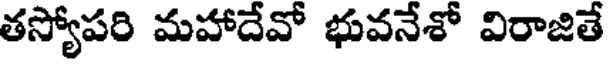
తస్యోపరి మహాదేవో భువనేశో విరాజితే